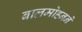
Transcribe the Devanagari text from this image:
बालमोहनने